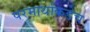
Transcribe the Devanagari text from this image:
परमार्थाकडेच